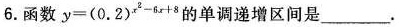
6.函数$$y = ( 0 . 2 ) ^ { x ^ { 2 } - 6 x + 8 }$$的单调递增区间是___.